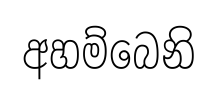
අහම්බෙනි